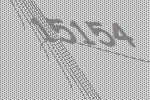
15154